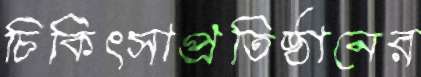
চিকিৎসাপ্রতিষ্ঠানের